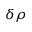
\delta \rho